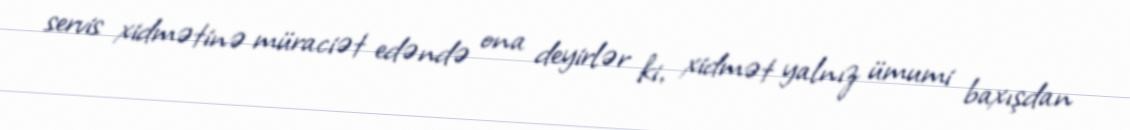
servis xidmətinə müraciət edəndə ona deyirlər ki, xidmət yalnız ümumi baxışdan